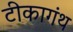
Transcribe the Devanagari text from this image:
टीकागंथ